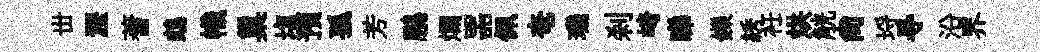
丗瀝蓍鵡幟巢塩预孤芳鵬爛噐佩奄璣刹崎睇鑠綉衽烘觥尙埓㝵沿界